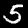
Digit: 5